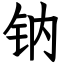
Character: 钠